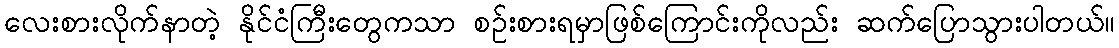
လေးစားလိုက်နာတဲ့ နိုင်ငံကြီးတွေကသာ စဉ်းစားရမှာဖြစ်ကြောင်းကိုလည်း ဆက်ပြောသွားပါတယ်။